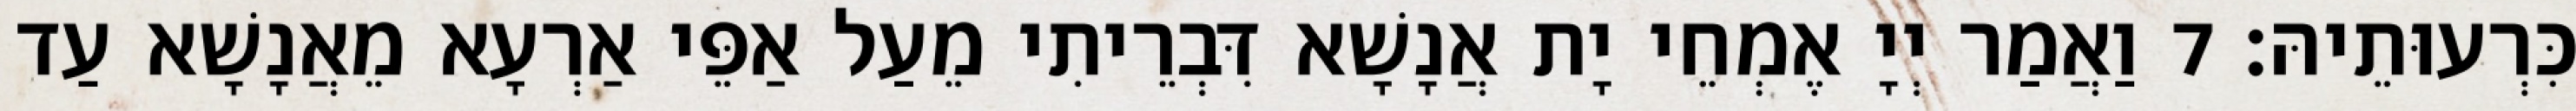
כִּרְעוּתֵיהּ׃ 7 וַאֲמַר יְיָ אֶמְחֵי יָת אֲנָשָׁא דִּבְרֵיתִי מֵעַל אַפֵּי אַרְעָא מֵאֲנָשָׁא עַד